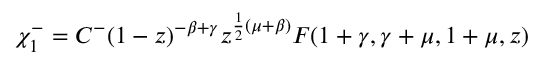
\chi _ { 1 } ^ { - } = C ^ { - } ( 1 - z ) ^ { - \beta + \gamma } z ^ { \frac { 1 } { 2 } ( \mu + \beta ) } F ( 1 + \gamma , \gamma + \mu , 1 + \mu , z )